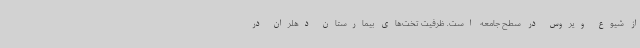
از شیوع ویروس در سطح جامعه است. ظرفیت تخت‌های بیمارستان دهلران در